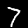
Label: 7